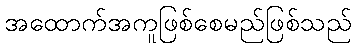
အထောက်အကူဖြစ်စေမည်ဖြစ်သည်